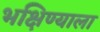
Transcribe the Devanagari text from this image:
भक्षिण्याला